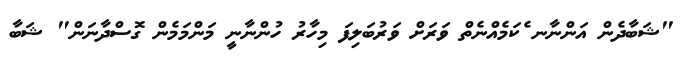
"ޝަބާދެން އަންނާނ ެކަމެއްނެތް ވަރަށް ވަރުބަލިފަ މިހާރު ހުންނާނީ މަންމަމެން ގޮސްދާނަން" ޝަބާ